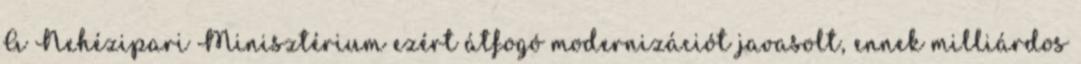
A Nehézipari Minisztérium ezért átfogó modernizációt javasolt, ennek milliárdos